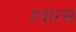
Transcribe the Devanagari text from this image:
हदारस